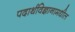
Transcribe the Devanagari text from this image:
पदार्थविज्ञानामधील